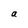
Character: a